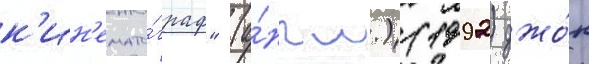
к'ин'емато́граф" (а́нгл.) (1992) джо́н